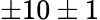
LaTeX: \pm 10\pm 1